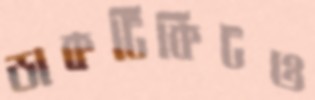
ডাকটিকিটও